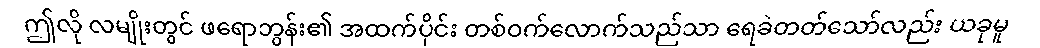
ဤလို လမျိုးတွင် ဖရောဘွန်း၏ အထက်ပိုင်း တစ်ဝက်လောက်သည်သာ ရေခဲတတ်သော်လည်း ယခုမူ